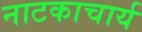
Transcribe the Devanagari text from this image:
नाटकाचार्य